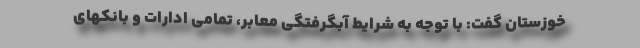
خوزستان گفت: با توجه به شرایط آبگرفتگی معابر، تمامی ادارات و بانکهای